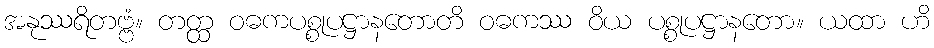
အနုဿရိတဗ္ဗံ။ တတ္ထ ဝဓကပစ္စုပဋ္ဌာနတောတိ ဝဓကဿ ဝိယ ပစ္စုပဋ္ဌာနတော။ ယထာ ဟိ